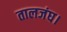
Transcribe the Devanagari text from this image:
तालजंघ।